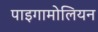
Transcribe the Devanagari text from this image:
पाइगामोलियन